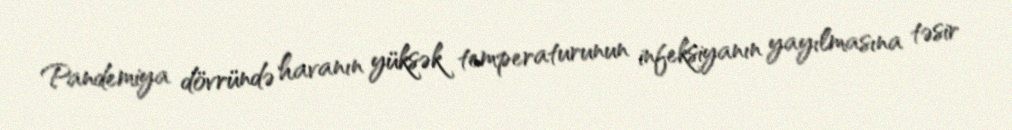
Pandemiya dövründə havanın yüksək temperaturunun infeksiyanın yayılmasına təsir